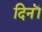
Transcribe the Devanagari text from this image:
दिनॊं